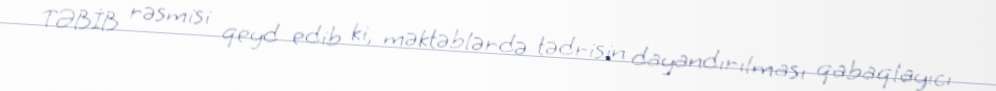
TƏBİB rəsmisi qeyd edib ki, məktəblərdə tədrisin dayandırılması qabaqlayıcı